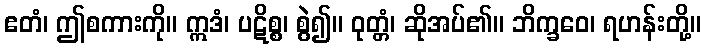
ဧတံ၊ ဤစကားကို။ ဣဒံ၊ ပဋိစ္စ၊ စွဲ၍။ ဝုတ္တံ၊ ဆိုအပ်၏။ ဘိက္ခဝေ၊ ရဟန်းတို့။